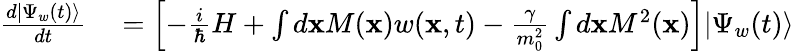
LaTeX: \begin{array}{rl}{{\frac{d|\Psi_{w}(t)\rangle}{dt}}}&{{}=\left[-{\frac{i}{\hbar}}H+\int d\mathbf{x}M(\mathbf{x})w(\mathbf{x},t)-{\frac{\gamma}{m_{0}^{2}}}\int d\mathbf{x}M^{2}(\mathbf{x})\right]|\Psi_{w}(t)\rangle}\end{array}